Vaccination in Burma 1912-1922 - 1912-1922
Year: 1912
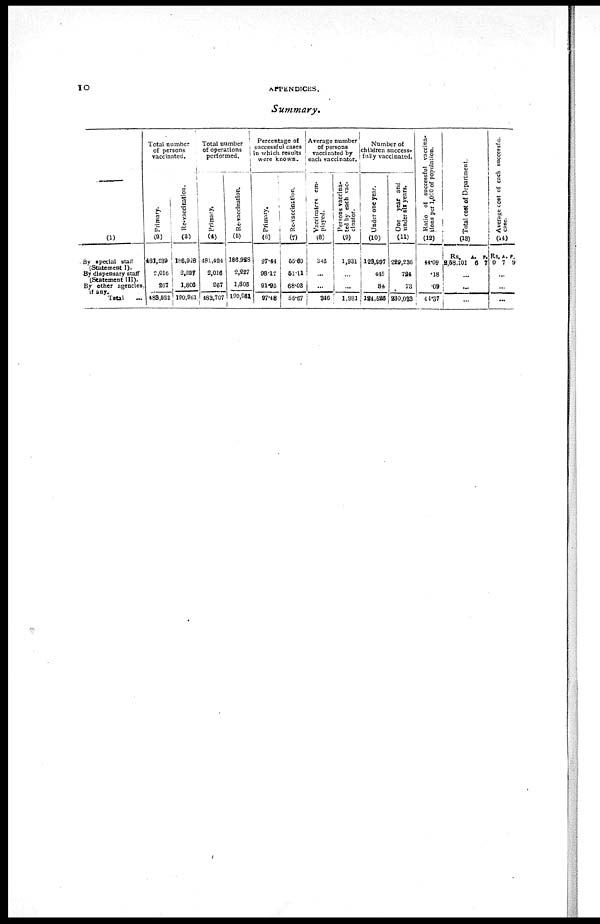
10
APPENDICES.
Summary.
—
(1)
By special staff
(Statement I).
By dispensary staff
(Statement III).
By other agencies,
if any.
Total
...
Total number
of persons
vaccinated.
Primary.
(2)
481,239
2,016
267
483,522
Re-vaccination.
(3)
186,928
2,227
1,806
190,961
Total number
of operations
performed.
Primary.
(4)
481,424
3,016
267
483,707
Re-vaccination.
(5)
186,928
2,227
1,806
190,961
Percentage of
successful cases
in which results
were known.
Primary.
(6)
97.44
98.19
91.95
97.48
Re-vaccination.
(7)
55.60
51.11
68.03
55.67
Average number
of persons
vaccinated by
each vaccinator.
Vaccinators em-
ployed.
(8)
346
...
...
346
Persons vaccina-
ted by each vac-
cinator.
(9)
1,931
...
...
1,931
Number of
children success-
fully vaccinated.
Under one year.
(10)
123,997
445
84
124,526
One year and
under six years.
(11)
229,236
724
73
230,033
Ratio of successful vaccina-
tions per l,000 of population.
(12)
44.09
.18
.09
44.37
Total cost of Department.
(13)
Rs.
2,58,101
A.
6
P.
7
...
...
...
Average cost of each succecsful
case.
(14)
Rs
0
A.
7
P.
9
...
...
...